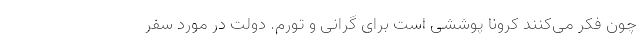
چون فکر می‌کنند کرونا پوششی است برای گرانی و تورم. دولت در مورد سفر